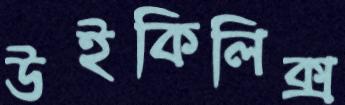
উইকিলিক্স